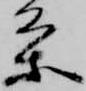
条